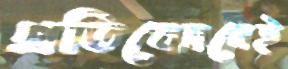
প্রতিবেদনেই